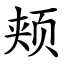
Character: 颊